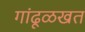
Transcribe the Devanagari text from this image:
गांढूळखत